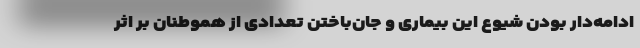
ادامه‌دار بودن شیوع این بیماری و جان‌باختن تعدادی از هموطنان بر اثر